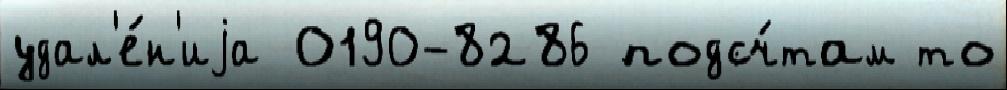
удал'е́н'иjа 0190-8286 подсч́там то